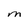
Character: M